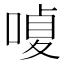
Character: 𠹘